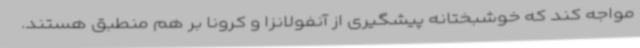
مواجه کند که خوشبختانه پیشگیری از آنفولانزا و کرونا بر هم منطبق هستند.